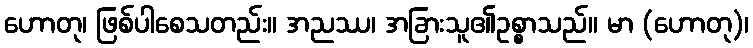
ဟောတု၊ ဖြစ်ပါစေသတည်း။ အညဿ၊ အခြားသူ၏ဥစ္စာသည်။ မာ (ဟောတု)၊